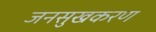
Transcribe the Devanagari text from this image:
जनसुखकरण